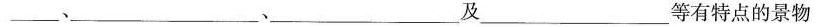
___、___、___及___等有特点的景物